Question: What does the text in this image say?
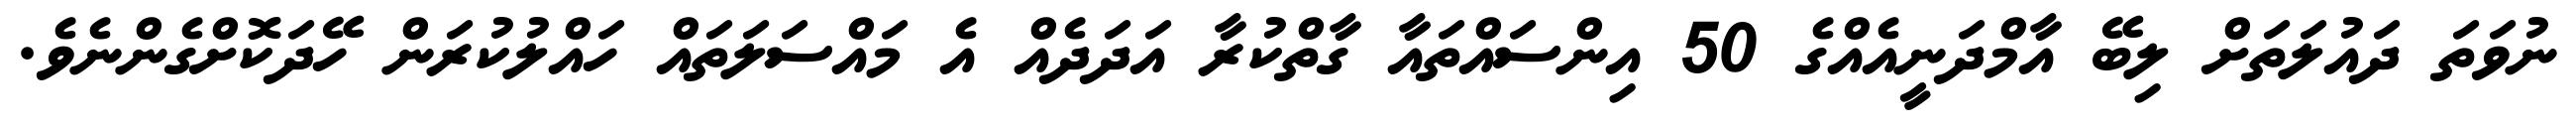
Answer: ނުވަތަ ދައުލަތަށް ލިބޭ އާމްދަނީއެއްގެ 50 އިންސައްތައާ ގާތްކުރާ އަދަދެއް އެ މައްސަލަތައް ހައްލުކުރަން ހޭދަކޮށްގެންނެވެ.